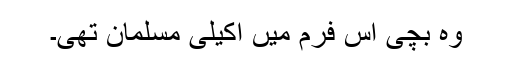
وہ بچی اس فرم میں اکیلی مسلمان تھی۔